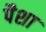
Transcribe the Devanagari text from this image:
पैशा